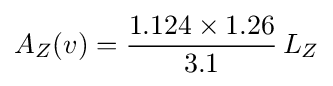
A_{Z}(v)={\frac {1.124\times 1.26}{3.1}}\,L_{Z}